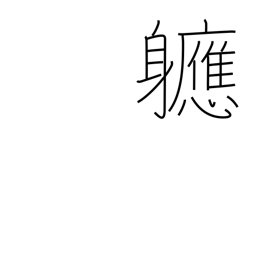
Meaning: soon after